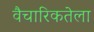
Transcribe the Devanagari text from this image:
वैचारिकतेला